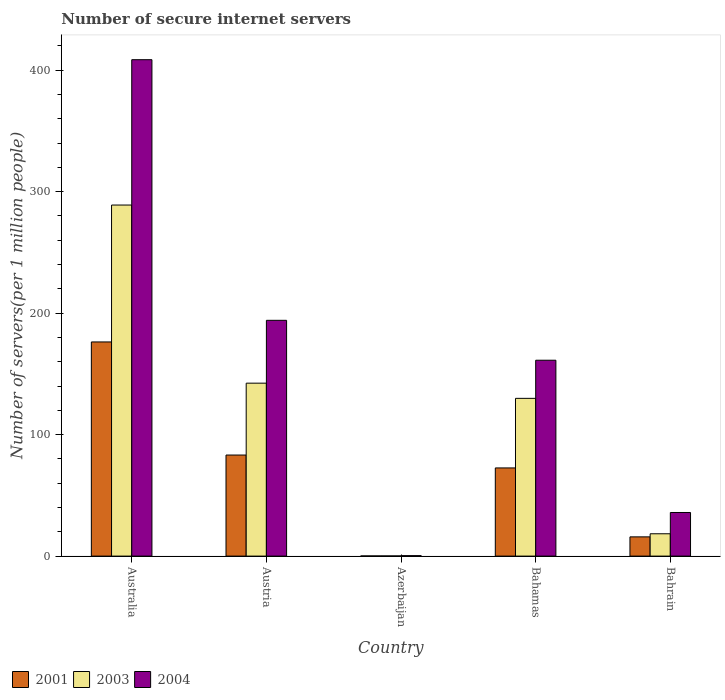
| Country | 2001 | 2003 | 2004 |
 | --- | --- | --- | --- |
 | Australia | 176 | 289 | 409 |
 | Austria | 83.2 | 142 | 194 |
 | Azerbaijan | 0.123 | 0.121 | 0.361 |
 | Bahamas | 72.6 | 130 | 161 |
 | Bahrain | 15.8 | 18.4 | 35.9 |